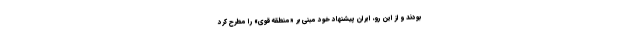
بودند و از این رو، ایران پیشنهاد خود مبنی بر «منطقه قوی» را مطرح کرد